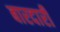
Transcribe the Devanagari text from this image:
बारदारी